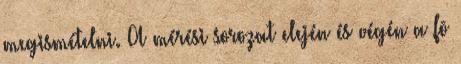
megismételni. A mérési sorozat elején és végén a fõ